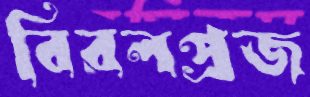
বিরলপ্রজ